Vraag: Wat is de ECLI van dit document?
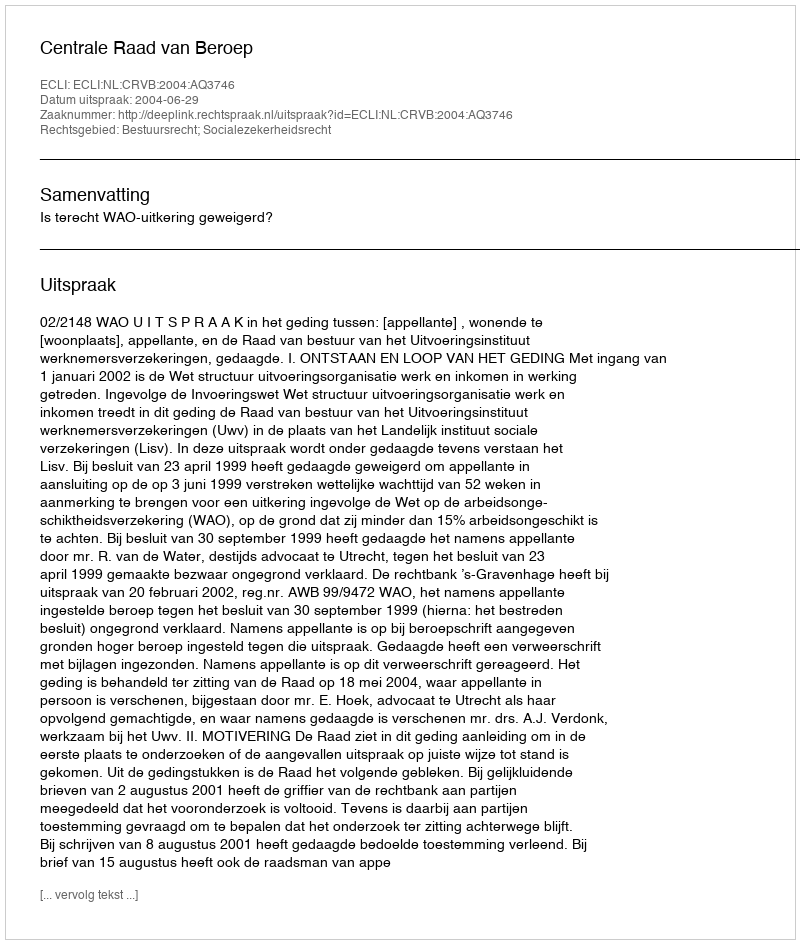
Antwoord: ECLI:NL:CRVB:2004:AQ3746